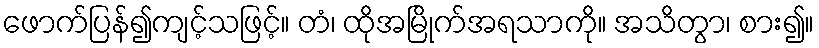
ဖောက်ပြန်၍ကျင့်သဖြင့်။ တံ၊ ထိုအမြိုက်အရသာကို။ အသိတွာ၊ စား၍။